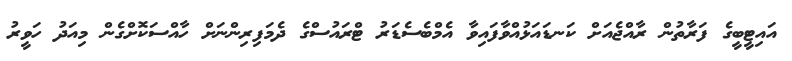
އައިޓީބީގެ ފަރާތުން ރާއްޖެއަށް ކަނޑައަޅުއްވާފައިވާ އެމްބެސެޑަރު ޓްރައުސްގެ ދެމަފިރިންނަށް ހާއްސަކޮށްގެން މިއަދު ހަވީރު